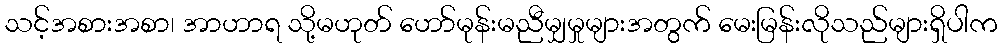
သင့်အစားအစာ၊ အာဟာရ သို့မဟုတ် ဟော်မုန်းမညီမျှမှုများအတွက် မေးမြန်းလိုသည်များရှိပါက